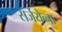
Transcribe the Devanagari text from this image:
सर्जेयेव्ना